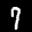
Label: 7